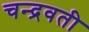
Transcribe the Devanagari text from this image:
चन्द्रवती